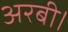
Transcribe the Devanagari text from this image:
अरबी।